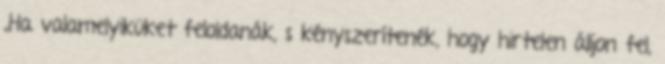
„Ha valamelyiküket feloldanák, s kényszerítenék, hogy hirtelen álljon fel,